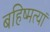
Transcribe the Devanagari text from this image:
बहिष्मत्यां